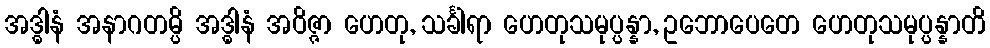
အဒ္ဓါနံ အနာဂတမ္ပိ အဒ္ဓါနံ အဝိဇ္ဇာ ဟေတု, သင်္ခါရာ ဟေတုသမုပ္ပန္နာ, ဥဘောပေတေ ဟေတုသမုပ္ပန္နာတိ